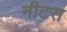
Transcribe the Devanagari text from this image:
नीटस